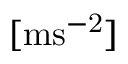
[ \mathrm { m } \mathrm { s ^ { - 2 } } ]